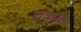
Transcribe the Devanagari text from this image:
लूक्रेति